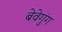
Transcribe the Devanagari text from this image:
बेवेगुंग